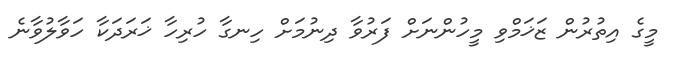
މީގެ އިތުރުން ޒަޚަމްވި މީހުންނަށް ފަރުވާ ދިނުމަށް ހިނގާ ހުރިހާ ޚަރަދަކާ ހަވާލުވާނެ